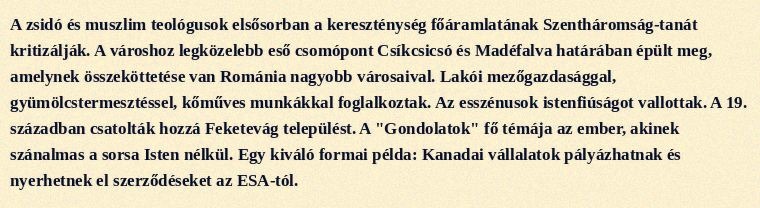
A zsidó és muszlim teológusok elsősorban a kereszténység főáramlatának Szentháromság-tanát kritizálják. A városhoz legközelebb eső csomópont Csíkcsicsó és Madéfalva határában épült meg, amelynek összeköttetése van Románia nagyobb városaival. Lakói mezőgazdasággal, gyümölcstermesztéssel, kőműves munkákkal foglalkoztak. Az esszénusok istenfiúságot vallottak. A 19. században csatolták hozzá Feketevág települést. A "Gondolatok" fő témája az ember, akinek szánalmas a sorsa Isten nélkül. Egy kiváló formai példa: Kanadai vállalatok pályázhatnak és nyerhetnek el szerződéseket az ESA-tól.